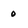
Character: 0